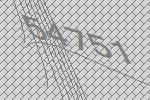
54751